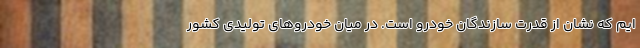
ایم که نشان از قدرت سازندگان خودرو است. در میان خودروهای تولیدی کشور